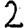
Digit: 2